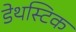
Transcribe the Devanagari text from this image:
डेथस्टिक